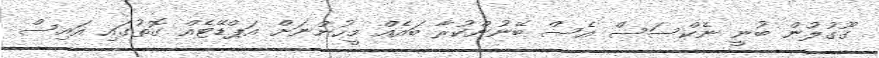
ގޫގުލުން ބުނީ ނެކްސަސް އެސް ބޭނުންކުރާ ބައެއް މީހުންނަށް އަޕްޑޭޓެއް ގޮތުގައި އައިސް